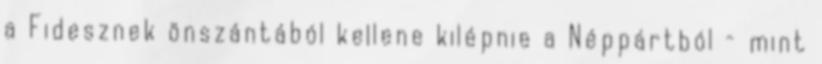
a Fidesznek önszántából kellene kilépnie a Néppártból – mint